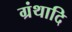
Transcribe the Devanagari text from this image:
ग्रंथादि